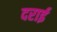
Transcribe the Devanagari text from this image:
दराई